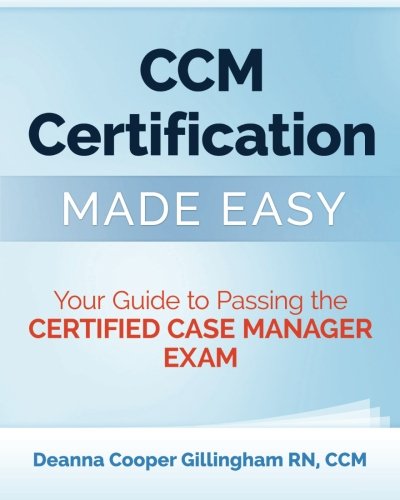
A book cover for CCM Certification Made Easy: Your Guide to Passing the Certified Case Manager Exam; Deanna Cooper Gillingham; Test Preparation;